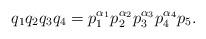
LaTeX: \begin{align*}q_1q_2q_3q_4 = p_1^{\alpha_1}p_2^{\alpha_2}p_3^{\alpha_3}p_4^{\alpha_4}p_5.\end{align*}